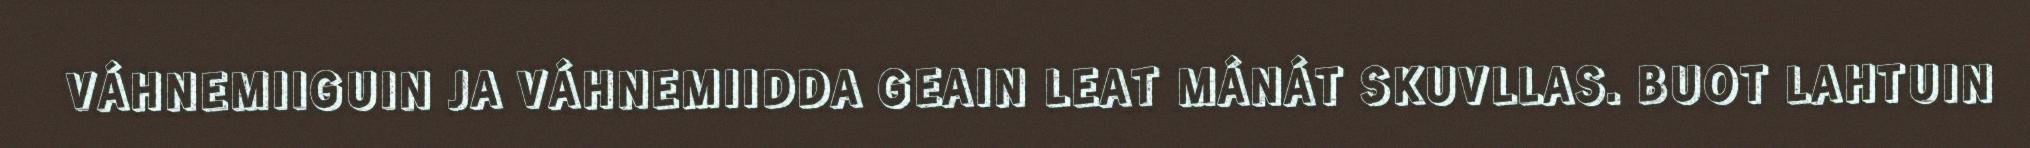
VÁHNEMIIGUIN JA VÁHNEMIIDDA GEAIN LEAT MÁNÁT SKUVLLAS. BUOT LAHTUIN